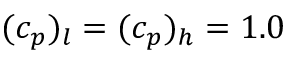
( c _ { p } ) _ { l } = ( c _ { p } ) _ { h } = 1 . 0